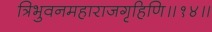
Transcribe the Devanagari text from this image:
त्रिभुवनमहाराजगृहिणि॥१४॥